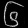
Digit: ၆